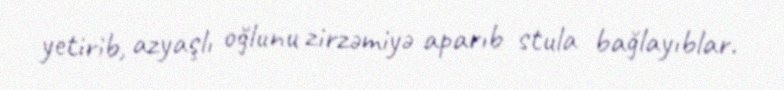
yetirib, azyaşlı oğlunu zirzəmiyə aparıb stula bağlayıblar.